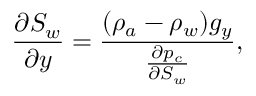
\frac { \partial S _ { w } } { \partial y } = \frac { ( \rho _ { a } - \rho _ { w } ) g _ { y } } { \frac { \partial p _ { c } } { \partial S _ { w } } } ,